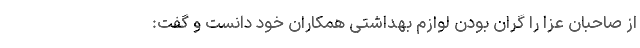
از صاحبان عزا را گران بودن لوازم بهداشتی همکاران خود دانست و گفت: